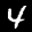
Label: 4